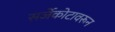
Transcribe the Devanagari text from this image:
सर्जेकोटावरून